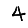
Digit: 4